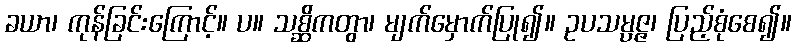
ခယာ၊ ကုန်ခြင်းကြောင့်။ ပ။ သစ္ဆိကတွာ၊ မျက်မှောက်ပြု၍။ ဥပသမ္ပဇ္ဇ၊ ပြည့်စုံစေ၍။